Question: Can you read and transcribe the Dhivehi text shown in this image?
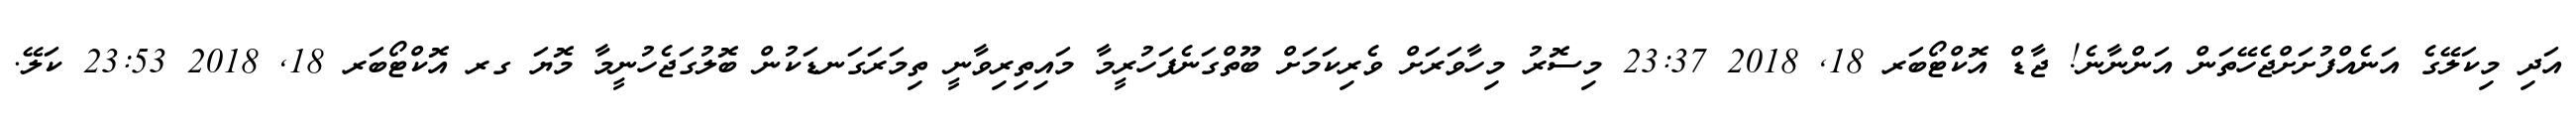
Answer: އަދި މިކަލޭގެ އަނެއްފުށަށްޖެހޭތަން އަންނާނެ! ޖާޑް އޮކްޓޯބަރ 18, 2018 23:37 މިސޮރު މިހާވަރަށް ވެރިކަމަށް ބޫތްގަނެފަހުރީމާ މައިތިރިވާނީ ތިމަރަގަނޑަކުން ބޮލުގަޖެހުނީމާ މޮޔަ ގރ އޮކްޓޯބަރ 18, 2018 23:53 ކަލޭ.